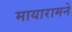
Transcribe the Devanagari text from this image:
मायारामने